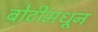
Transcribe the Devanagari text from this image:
बोटीमधून